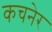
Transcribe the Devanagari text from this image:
कचनेर